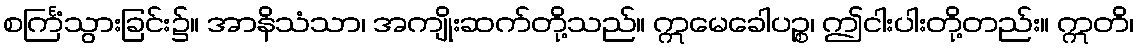
စင်္ကြံသွားခြင်း၌။ အာနိသံသာ၊ အကျိုးဆက်တို့သည်။ ဣမေခေါပဉ္စ၊ ဤငါးပါးတို့တည်း။ ဣတိ၊